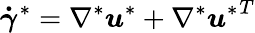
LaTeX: \boldsymbol{\dot{\gamma}}^{*}=\nabla^{*}\boldsymbol{u}^{*}+\nabla^{*}{\boldsymbol{u}^{*}}^{T}